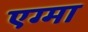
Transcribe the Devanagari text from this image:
एग्मा